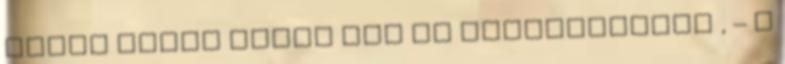
érdek miatt kerül sor az ellenőrzésre , – a